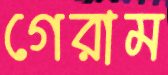
গেরাম